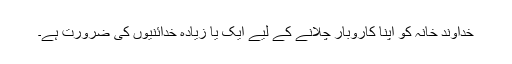
خداوندِ خانہ کو اپنا کاروبار چلانے کے لیے ایک یا زیادہ خدائنیوں کی ضرورت ہے۔